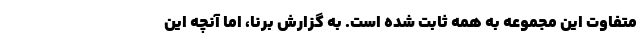
متفاوت این مجموعه به همه ثابت شده است. به گزارش برنا، اما آنچه این